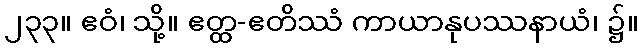
၂၃၃။ ဧဝံ၊ သို့။ ဧတ္ထ-ဧတိဿံ ကာယာနုပဿနာယံ၊ ၌။